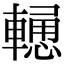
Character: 𨎢